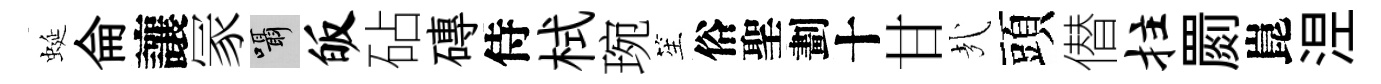
蜒侖讓冡囁皈砧磚侍栻琬笙俗聖劃十甘㢤頭僣拄罽崑𣵀